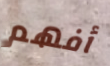
أفهم